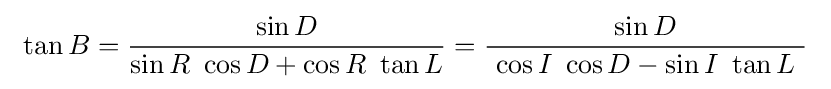
\ \tan B={\frac {\sin D}{\sin R\ \cos D+\cos R\ \tan L}}={\frac {\sin D}{\ \cos I\ \cos D-\sin I\ \tan L\ }}\